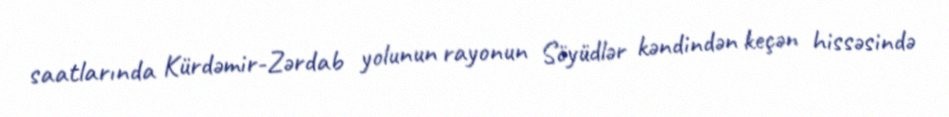
saatlarında Kürdəmir-Zərdab yolunun rayonun Söyüdlər kəndindən keçən hissəsində